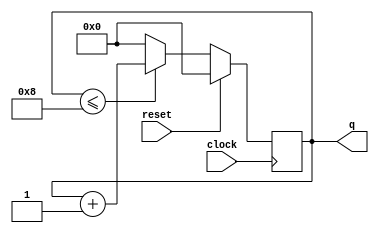
/*
        DECADE COUNTER VERILOG CODE

*/

module decade_counter(input clock,input reset,output reg [3:0] q );

        always@(posedge clock)
        begin
            if(reset)
                q <=4'b0000;
            else if(q<=4'b1000)
                q <= q+1'b1;
            else
                q <= 4'b0000;
        end
endmodule